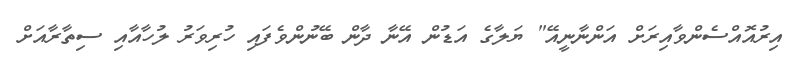
އިރުއޮއްސެންވާއިރަށް އަންނާނީއޭ" ޔަލާގެ އަޑުން އޭނާ ދާން ބޭނުންވެފައި ހުރިވަރު ލުހާއާއި ސިތާރާއަށް